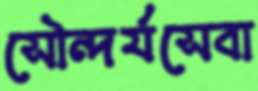
সৌন্দর্যসেবা